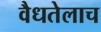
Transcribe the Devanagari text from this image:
वैधतेलाच